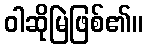
ဝါဆိုမြဲဖြစ်၏။